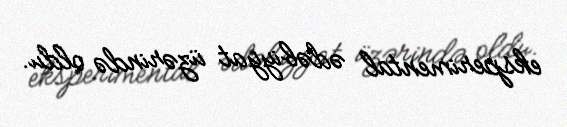
eksperimental ədəbiyyat üzərində oldu.